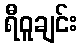
ရီဝူချင်း